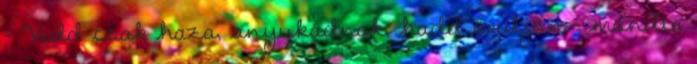
– Vidd csak haza, anyukádnak, hadd örüljön – mondta